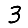
Digit: 3